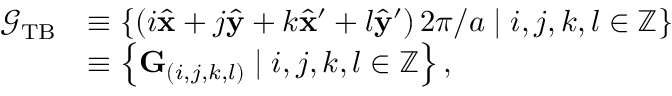
\begin{array} { r l } { \mathcal { G } _ { \mathrm { T B } } } & { \equiv \left\{ \left( i \hat { \mathbf { x } } + j \hat { \mathbf { y } } + k \hat { \mathbf { x } } ^ { \prime } + l \hat { \mathbf { y } } ^ { \prime } \right) 2 \pi / a \mid i , j , k , l \in \mathbb { Z } \right\} } \\ & { \equiv \left\{ \mathbf { G } _ { ( i , j , k , l ) } \mid i , j , k , l \in \mathbb { Z } \right\} , } \end{array}